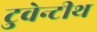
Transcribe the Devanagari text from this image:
टुवेन्टीथ